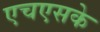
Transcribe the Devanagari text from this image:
एचएसके